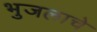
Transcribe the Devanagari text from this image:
भुजलाचे